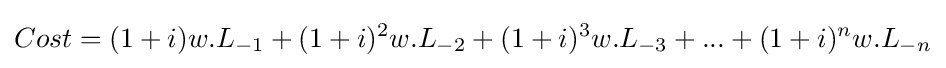
Cost=(1+i)w.L_{-1}+(1+i)^{2}w.L_{-2}+(1+i)^{3}w.L_{-3}+...+(1+i)^{n}w.L_{-n}